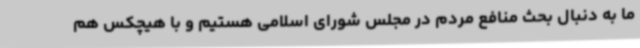
ما به دنبال بحث منافع مردم در مجلس شورای اسلامی هستیم و با هیچکس هم